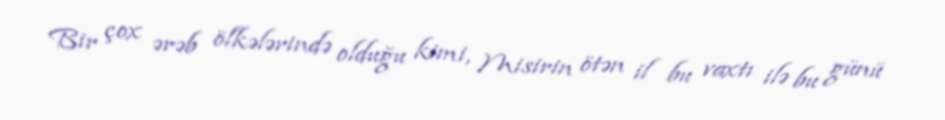
Bir çox ərəb ölkələrində olduğu kimi, Misirin ötən il bu vaxtı ilə bu günü